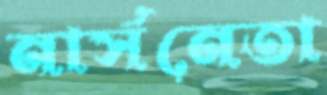
নার্সনেতা